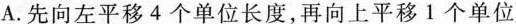
A.先向左平移4个单位长度，再向上平移1个单位